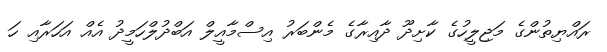
ރައްޔިތުންގެ މަޖިލީހުގެ ކާށިދޫ ދާއިރާގެ މެންބަރު އިސްމާއީލް އަބްދުލްހަމީދު އެއް އަހަރާއި ހަ